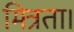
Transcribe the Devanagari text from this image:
मित्रता।